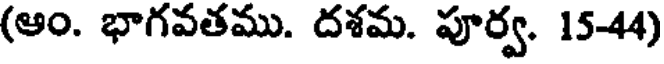
(ఆం. భాగవతము. దశమ. పూర్వ. 15-44)